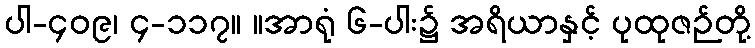
ပါ-၄၀၉၊ ၄-၁၁၇။ ။အာရုံ ၆-ပါး၌ အရိယာနှင့် ပုထုဇဉ်တို့